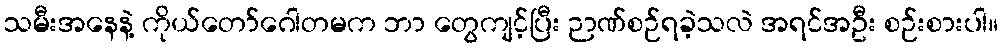
သမီးအနေနဲ့ ကိုယ်တော်ဂေါတမက ဘာ တွေကျင့်ပြီး ဉာဏ်စဉ်ရခဲ့သလဲ အရင်အဦး စဉ်းစားပါ။